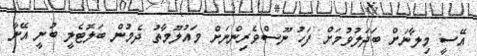
އޭސީ މިލާނަށް ބަދަލުވުމަށް ފަހު ނޫސްވެރިންނަށް މައުލޫމާތު ދެމުން ބަލޮޓެލީ ބުނީ އޭނާ